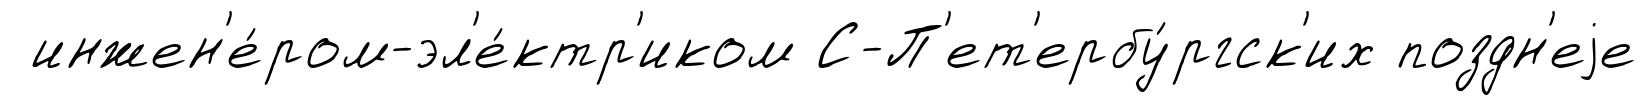
инжен'е́ром-эл'е́ктр'иком С-П'ет'ербу́ргск'их поздн'еjе